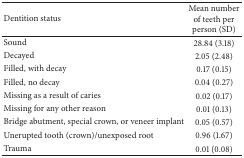
<table><thead><tr><td><b>Dentition status</b></td><td><b>Mean number of teeth per person (SD)</b></td></tr></thead><tbody><tr><td>Sound</td><td>28.84 (3.18)</td></tr><tr><td>Decayed</td><td>2.05 (2.48)</td></tr><tr><td>Filled, with decay</td><td>0.17 (0.15)</td></tr><tr><td>Filled, no decay</td><td>0.04 (0.27)</td></tr><tr><td>Missing as a result of caries</td><td>0.02 (0.17)</td></tr><tr><td>Missing for any other reason</td><td>0.01 (0.13)</td></tr><tr><td>Bridge abutment, special crown, or veneer implant</td><td>0.05 (0.57)</td></tr><tr><td>Unerupted tooth (crown)/unexposed root</td><td>0.96 (1.67)</td></tr><tr><td>Trauma</td><td>0.01 (0.08)</td></tr></tbody></table>